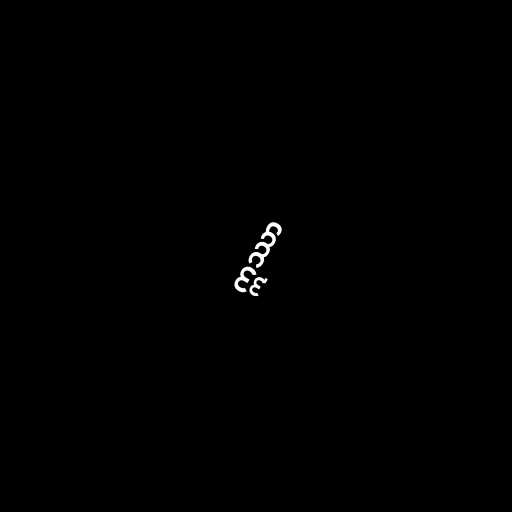
ဣဿာ